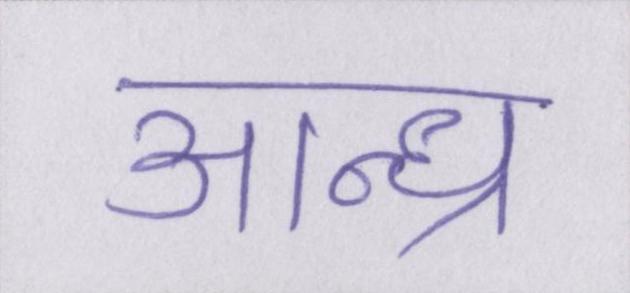
आन्ध्र